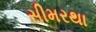
સીમરથા